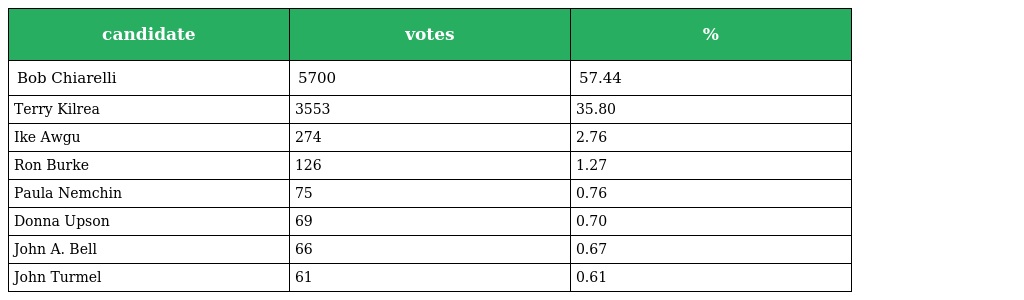
| candidate | votes | % |
 | --- | --- | --- |
 | Bob Chiarelli | 5700 | 57.44 |
 | Terry Kilrea | 3553 | 35.80 |
 | Ike Awgu | 274 | 2.76 |
 | Ron Burke | 126 | 1.27 |
 | Paula Nemchin | 75 | 0.76 |
 | Donna Upson | 69 | 0.70 |
 | John A. Bell | 66 | 0.67 |
 | John Turmel | 61 | 0.61 |